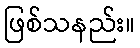
ဖြစ်သနည်း။